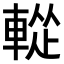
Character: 𨌰